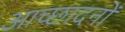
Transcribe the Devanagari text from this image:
आच्छादनों